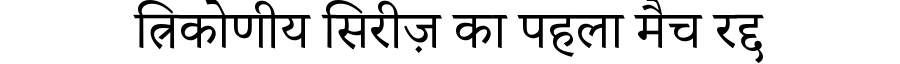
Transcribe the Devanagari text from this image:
त्रिकोणीय सिरीज़ का पहला मैच रद्द